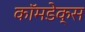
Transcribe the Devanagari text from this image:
कॉमडेक्स